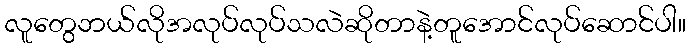
လူတွေဘယ်လိုအလုပ်လုပ်သလဲဆိုတာနဲ့တူအောင်လုပ်ဆောင်ပါ။